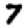
Digit: 7